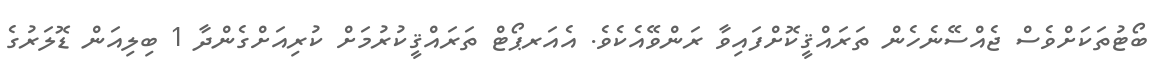
ބޯޓުތަކަށްވެސް ޖެއްސޭނެހެން ތަރައްޤީކޮށްފައިވާ ރަންވޭއެކެވެ. އެއަރޕޯޓް ތަރައްޤީކުރުމަށް ކުރިއަށްގެންދާ 1 ބިލިއަން ޑޮލަރުގެ